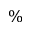
\%